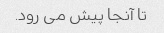
تا آنجا پیش می رود.